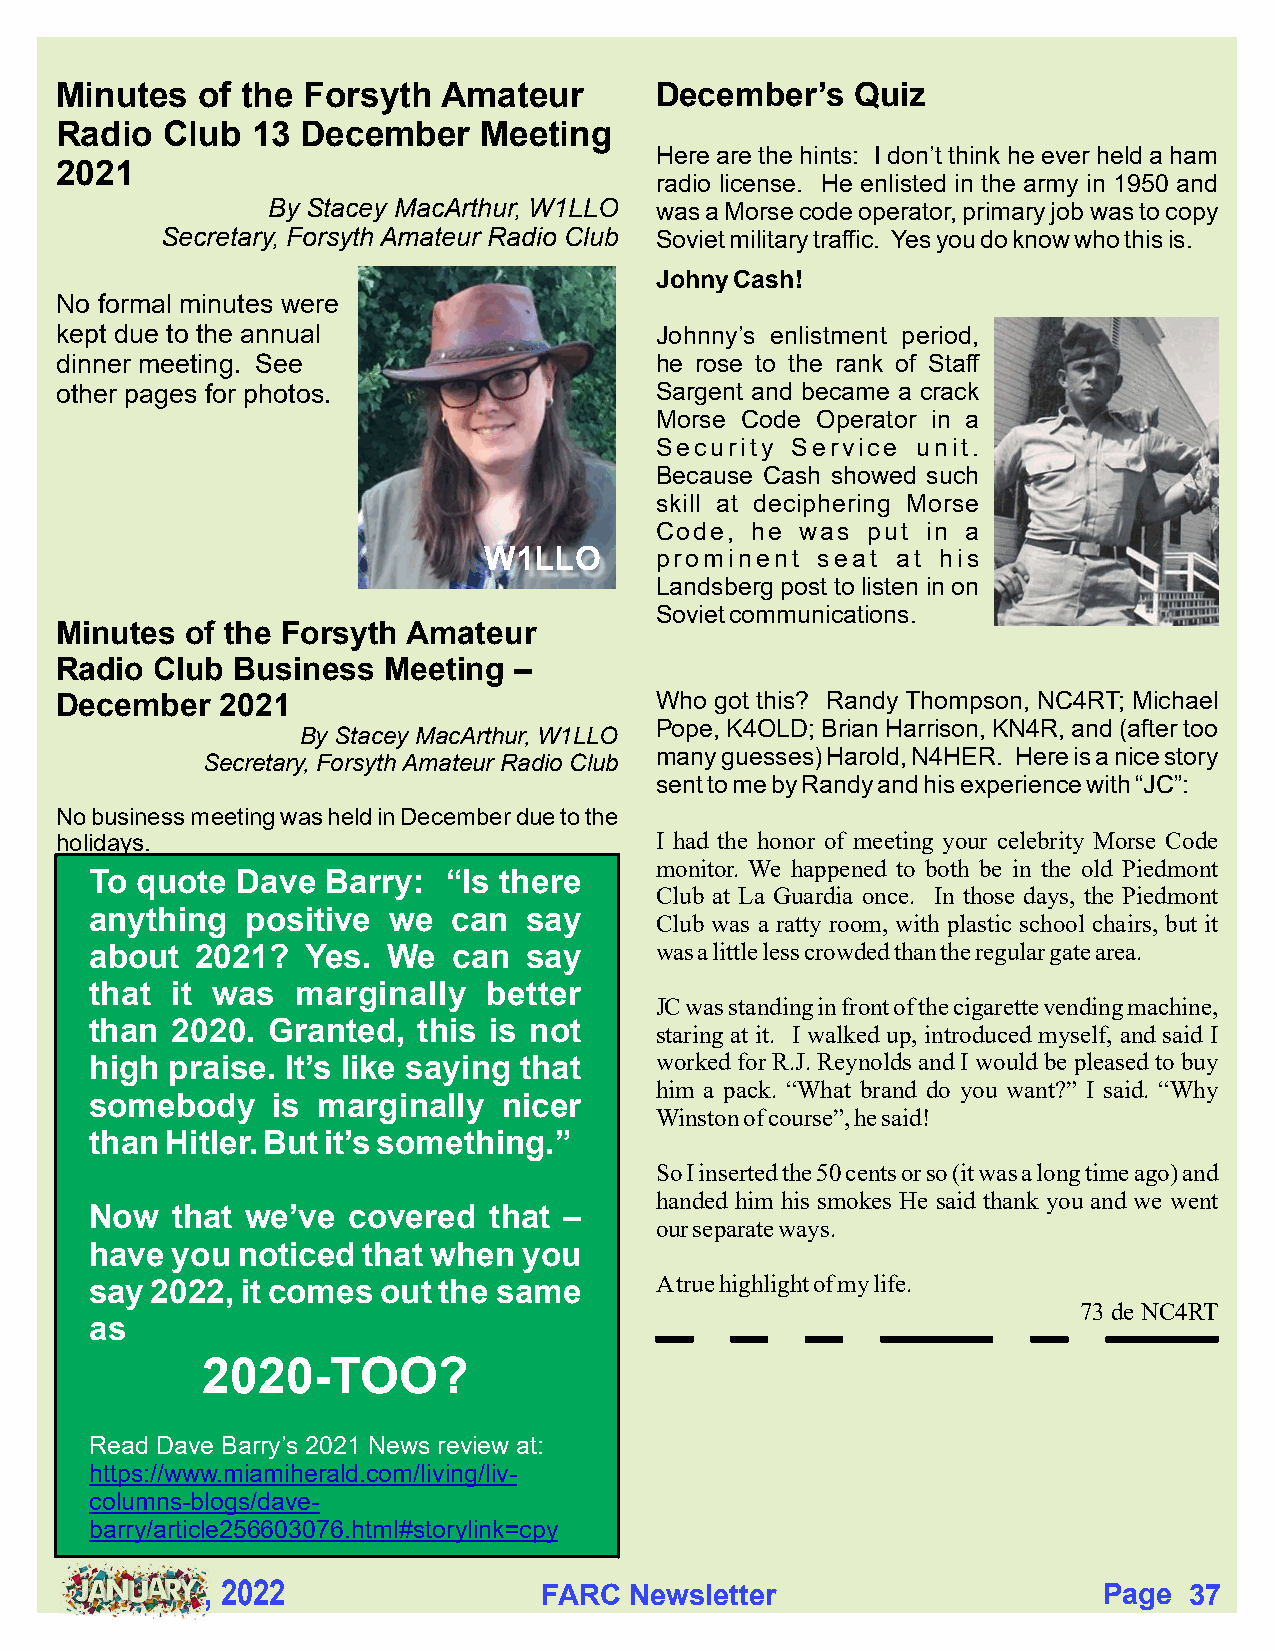
Minutes  of the Forsyth  Amateur       December’s    Quiz
 Radio  Club  13 December    Meeting
 Here are the hints: I don’t think he ever held a ham
 2021
 radio license. He enlisted in the army in 1950 and
 By Stacey MacArthur, W1LLO was a Morse code operator, primary job was to copy
 Secretary, Forsyth Amateur Radio Club Soviet military traffic. Yes you do know who this is.
 Johny Cash!
 No formal minutes were
 kept due to the annual                 Johnny’s enlistment period,
 dinner meeting. See                    he rose to the rank of Staff
 other pages for photos.                Sargent and became a crack
 Morse Code Operator in a
 Security Service  unit.
 Because Cash showed such
 skill at deciphering Morse
 Code,  he was put in a
 W1LLO      prominent  seat at his
 Landsberg post to listen in on
 Soviet communications.
 Minutes of the Forsyth Amateur
 Radio Club Business  Meeting  –
 December   2021                        Who got this? Randy Thompson, NC4RT; Michael
 Pope, K4OLD; Brian Harrison, KN4R, and (after too
 By Stacey MacArthur, W1LLO
 many guesses) Harold, N4HER. Here is a nice story
 Secretary, Forsyth Amateur Radio Club
 sent to me by Randy and his experience with “JC”:
 No business meeting was held in December due to the
 holidays.                              I had the honor of meeting your celebrity Morse Code
 monitor. We happened to both be in the old Piedmont
 To quote  Dave  Barry:  “Is there
 Club at La Guardia once. In those days, the Piedmont
 anything  positive  we  can  say
 Club was a ratty room, with plastic school chairs, but it
 about  2021?  Yes.  We  can  say     was a little less crowded than the regular gate area.
 that it was   marginally  better
 JC was standing in front of the cigarette vending machine,
 than 2020.  Granted,  this is not
 staring at it. I walked up, introduced myself, and said I
 high praise. It’s like saying that   worked for R.J. Reynolds and I would be pleased to buy
 him a pack. “What brand do you want?” I said. “Why
 somebody    is marginally  nicer
 Winston of course”, he said!
 than Hitler. But it’s something.”
 So I inserted the 50 cents or so (it was a long time ago) and
 handed him his smokes He said thank you and we went
 Now  that we’ve  covered  that –
 our separate ways.
 have you  noticed that when  you
 say 2022, it comes out the same      A true highlight of my life.
 73 de NC4RT
 as
 2020-TOO?
 Read Dave Barry’s 2021 News review at:
 https://www.miamiherald.com/living/liv-
 columns-blogs/dave-
 barry/article256603076.html#storylink=cpy
 , 2022                FARC  Newsletter                     Page  37